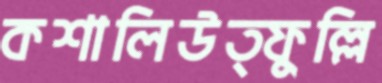
কশালিউত্ফুল্লি